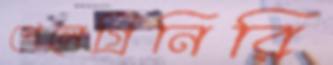
পেলেগ্রিনিরি